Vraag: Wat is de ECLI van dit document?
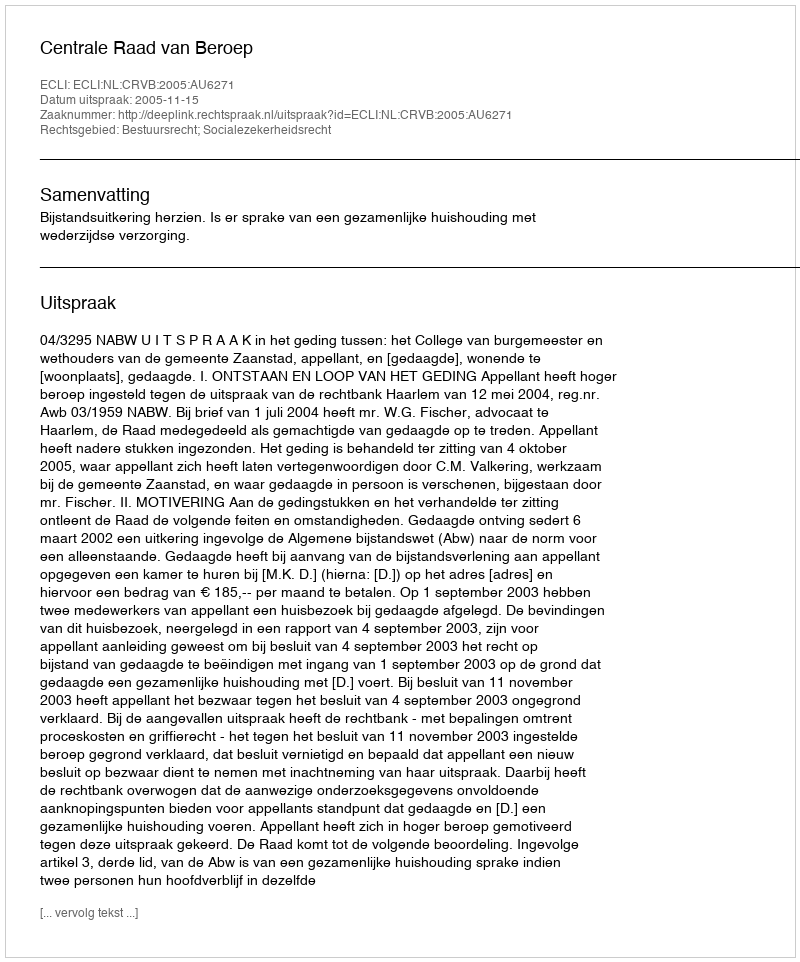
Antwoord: ECLI:NL:CRVB:2005:AU6271